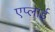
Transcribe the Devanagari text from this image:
एप्लाई